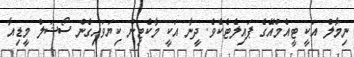
ނިމާލް އަކީ ޓީއެމްއޭގެ ޕައިލެޓެކެވެ. ދީނާ އަކީ މާކެޓިން ކިޔަވައިގެން ސޯޝަލް މީޑިއާ